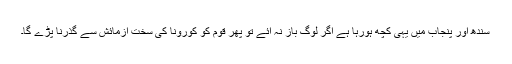
سندھ اور پنجاب میں یہی کچھ ہورہا ہے اگر لوگ باز نہ آئے تو پھر قوم کو کورونا کی سخت آزمائش سے گذرنا پڑے گا۔